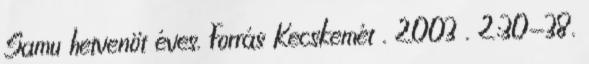
Samu hetvenöt éves. Forrás Kecskemét . 2003 . 2:30-38.